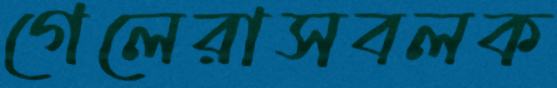
গেলেরাসবলক